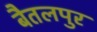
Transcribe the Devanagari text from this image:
बैतलपुर